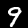
Digit: 9